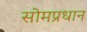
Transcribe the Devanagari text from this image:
सोमप्रधान